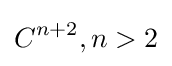
C^{n+2},n>2